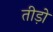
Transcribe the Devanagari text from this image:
तीड़ो